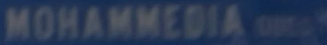
MOHAMMEDIA